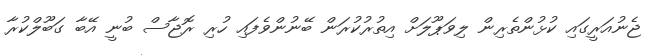
ޖެނުއަރީގައި ކުޅުންތެރިން ލިވަޕޫލަށް އިތުރުކުރަން ބޭނުންވެފައި ހުރި ރޮޖާސް ބުނީ އޭބާ ގަބޫލްކުރާ